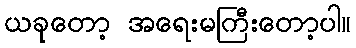
ယခုတော့ အရေးမကြီးတော့ပါ။